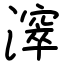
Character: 𣿈